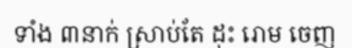
ទាំង ៣នាក់ ស្រាប់តែ ដុះ រោម ចេញ